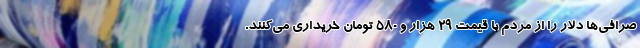
صرافی‌ها دلار را از مردم با قیمت ۲۹ هزار و ۵۸۰ تومان خریداری می‌کنند.